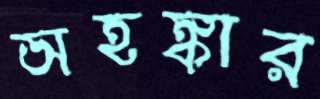
অহঙ্কার